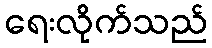
ရေးလိုက်သည်